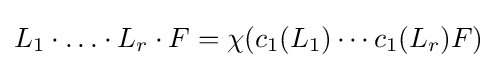
L_{1}\cdot {\dots }\cdot L_{r}\cdot F=\chi (c_{1}(L_{1})\cdots c_{1}(L_{r})F)